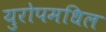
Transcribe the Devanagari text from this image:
युरोपमधिल